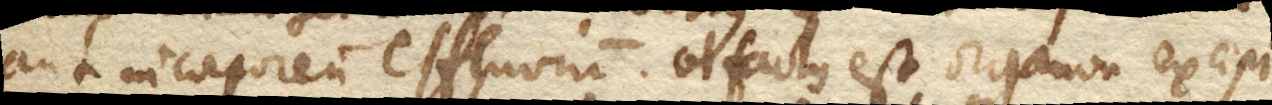
aut incorporeum effluvium. Olfactus est organon excipi–